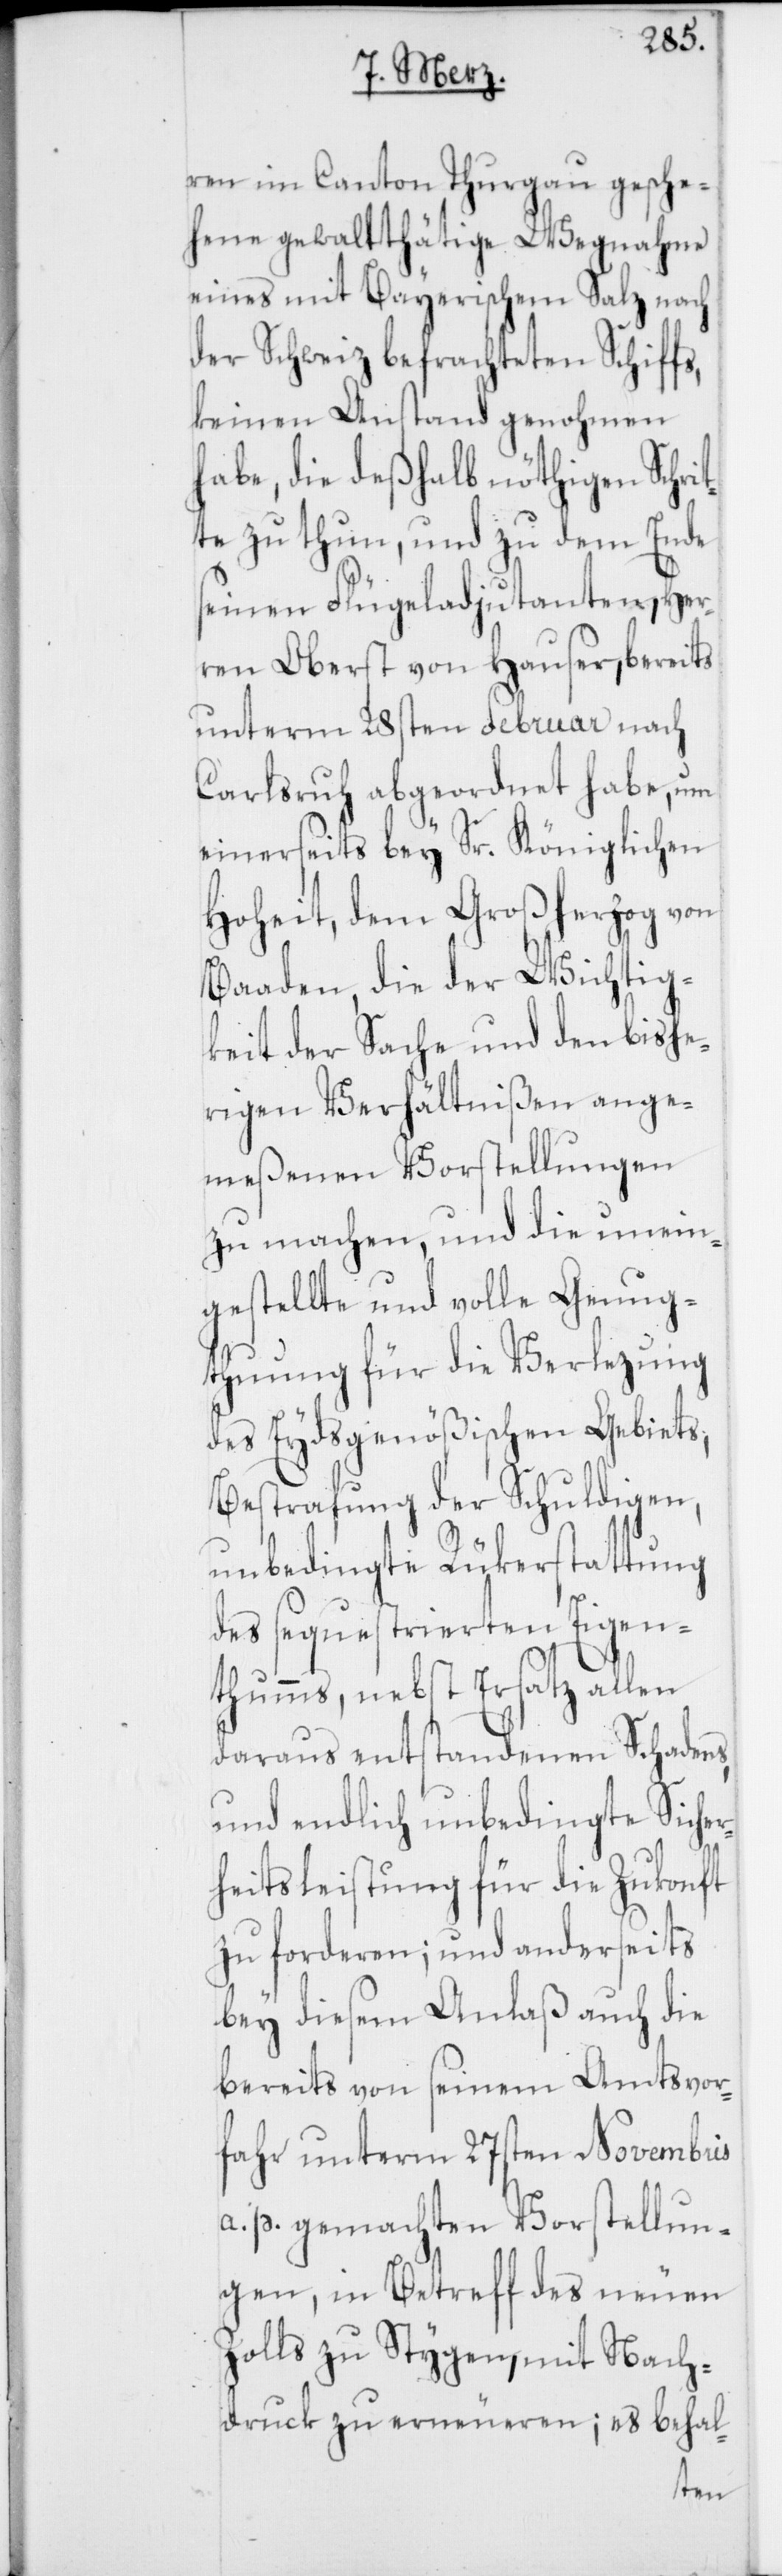
ren im Canton Thurgau gesche¬
hene gewaltthätige Wegnahme
eines mit Bayerischem Salz nach
der Schweiz befrachteten Schiffs,
keinen Anstand genohmen
habe, die deshalb nöthigen Schrit¬
te zu thun, und zu dem Ende
seinen Flügeladjudanten, Her¬
ren Oberst von Hauser, bereits
unterm 28sten Februar nach
Carlsruh abgeordnet habe, um
einerseits bey Sr. Königlichen
Hoheit, dem Großherzog von
Baaden, die der Wichtig¬
keit der Sache und den bishe¬
rigen Verhältnißen ange¬
meßenen Vorstellungen
zu machen, und die unein¬
gestellte und volle Genug¬
thuung für die Verlezung
des Eydsgenößischen Gebiets;
Bestrafung der Schuldigen,
unbedingte Rükerstattung
des sequestrierten Eigen¬
thums, nebst Ersatz allen
daraus entstandenen Schadens,
und endlich unbedingte Siche¬
rheitsleistung für die Zukonft
zu forderen; und anderseits
bey diesem Anlaß auch die
bereits von seinem Amtsvor¬
fahr unterm 27sten Novembris
a. p. gemachten Vorstellun¬
gen, in Betreff des neuen
Zolls zu Stygen, mit Nach¬
druck zu erneueren; es behal-